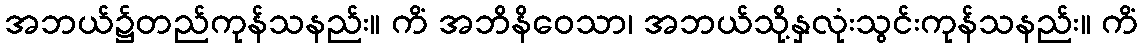
အဘယ်၌တည်ကုန်သနည်း။ ကိံ အဘိနိဝေသာ၊ အဘယ်သို့နှလုံးသွင်းကုန်သနည်း။ ကိံ